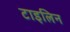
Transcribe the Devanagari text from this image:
टाइलिन